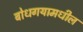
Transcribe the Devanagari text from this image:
बोधगयामधील